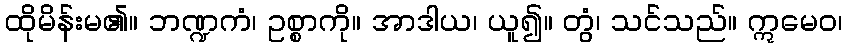
ထိုမိန်းမ၏။ ဘဏ္ဍကံ၊ ဥစ္စာကို။ အာဒါယ၊ ယူ၍။ တွံ၊ သင်သည်။ ဣမေဝ၊